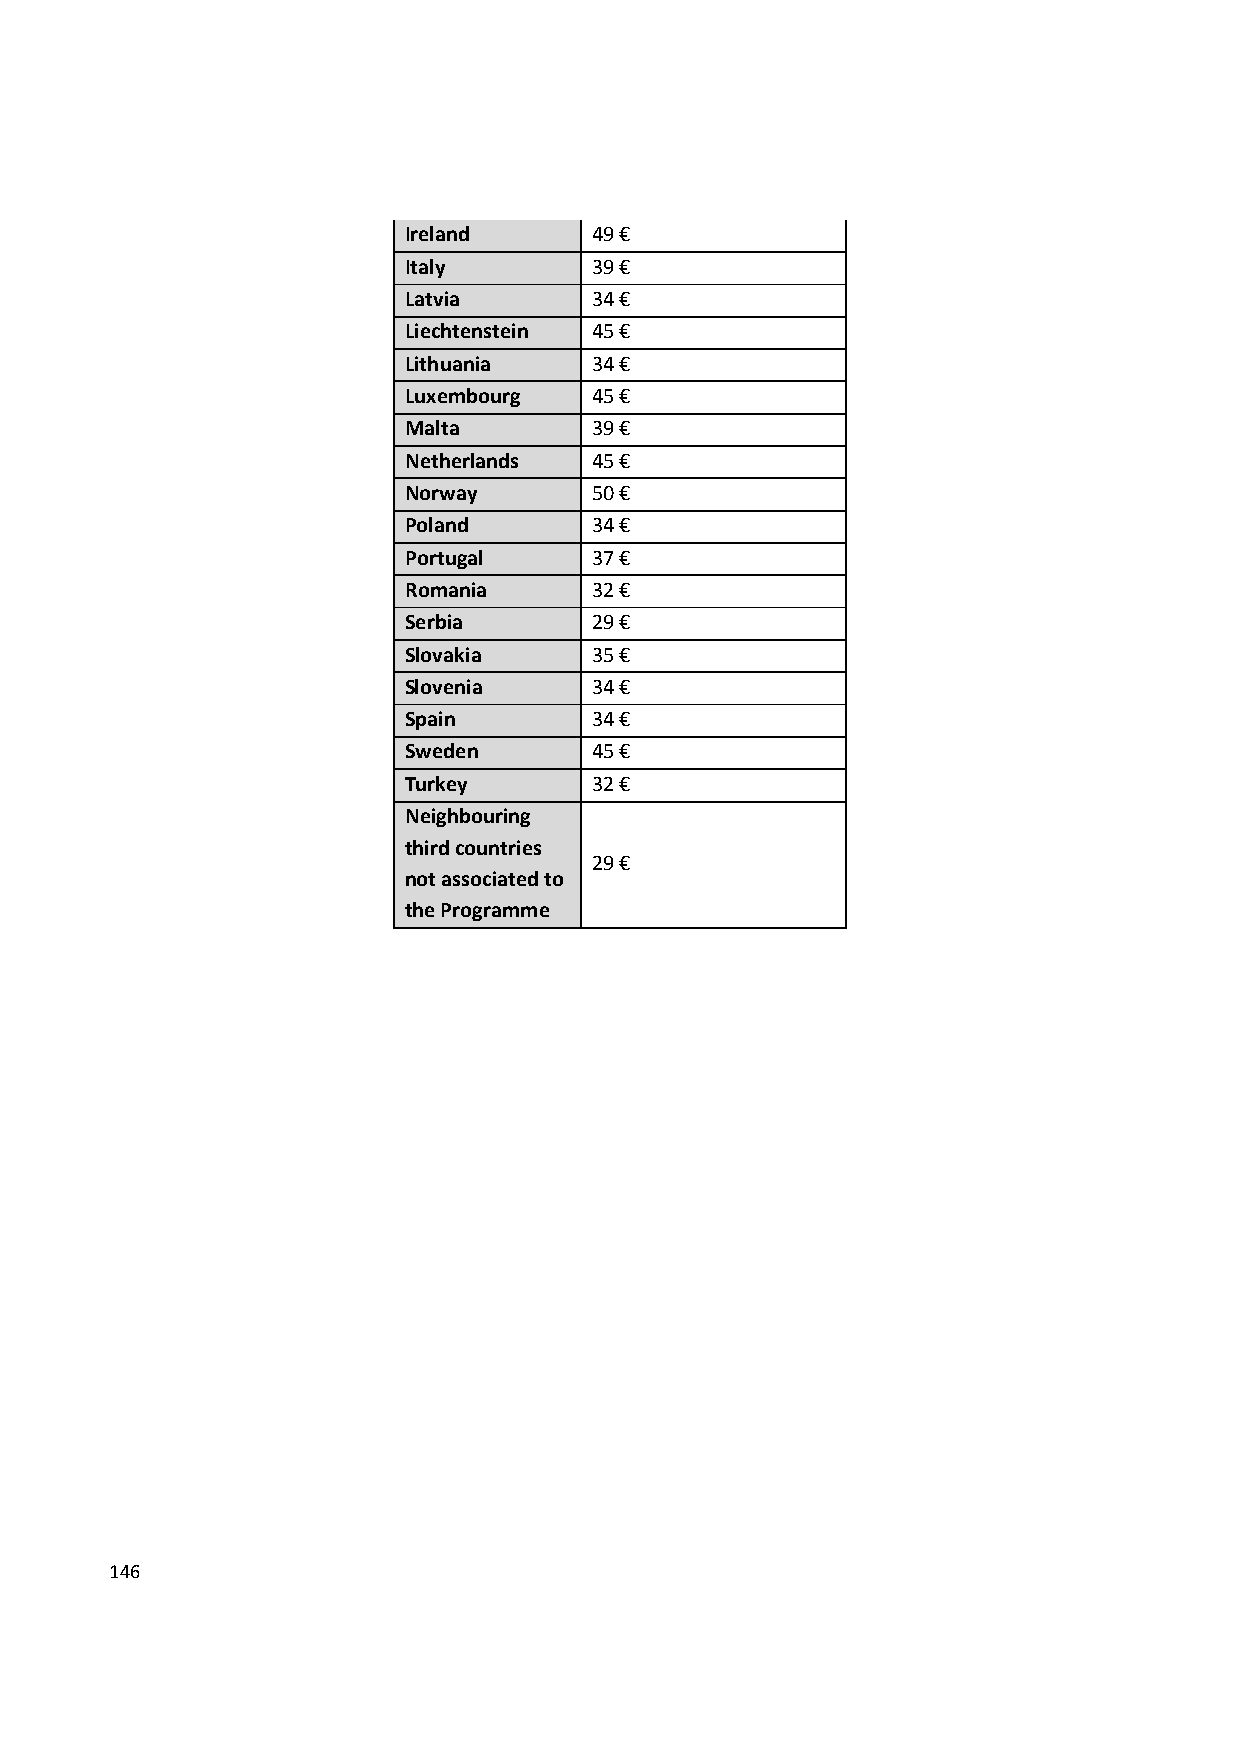
Ireland     49 €
 Italy       39 €
 Latvia      34 €
 Liechtenstein 45 €
 Lithuania   34 €
 Luxembourg  45 €
 Malta       39 €
 Netherlands 45 €
 Norway      50 €
 Poland      34 €
 Portugal    37 €
 Romania     32 €
 Serbia      29 €
 Slovakia    35 €
 Slovenia    34 €
 Spain       34 €
 Sweden      45 €
 Turkey      32 €
 Neighbouring
 third countries
 29 €
 not associated to
 the Programme
 146